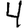
Digit: 4